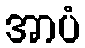
အာပံ